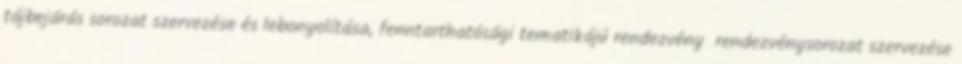
tájbejárás sorozat szervezése és lebonyolítása, fenntarthatósági tematikájú rendezvény rendezvénysorozat szervezése